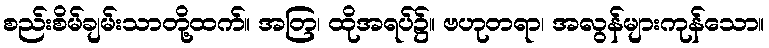
စည်းစိမ်ချမ်းသာတို့ထက်။ အတြ၊ ထိုအရပ်၌။ ဗဟုတရာ၊ အလွန်များကုန်သော။